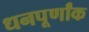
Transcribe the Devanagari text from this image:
धनपूर्णांक